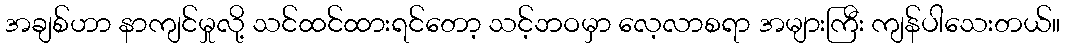
အချစ်ဟာ နာကျင်မှုလို့ သင်ထင်ထားရင်တော့ သင့်ဘဝမှာ လေ့လာစရာ အများကြီး ကျန်ပါသေးတယ်။